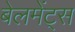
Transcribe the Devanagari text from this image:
बेलमेंट्स